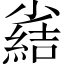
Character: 𫵊